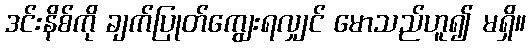
ဒင်းနိစ်ကို ချက်ပြုတ်ကျွေးရလျှင် မောသည်ဟူ၍ မရှိ။